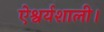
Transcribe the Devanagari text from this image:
ऐश्वर्यशाली।